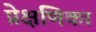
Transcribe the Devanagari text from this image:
प्रेक्षणिका